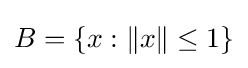
B=\{x:\|x\|\leq 1\}